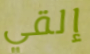
إلقي